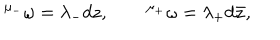
{ } ^ { \mu _ { - } } \omega = \lambda _ { - } d z , \qquad { } ^ { \mu _ { + } } \omega = \lambda _ { + } d \bar { z } ,